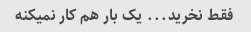
فقط نخرید... یک بار هم کار نمیکنه